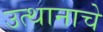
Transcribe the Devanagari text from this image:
उत्थानाचे